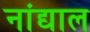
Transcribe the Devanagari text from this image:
नांद्याल